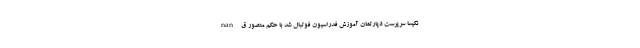
nan نکیسا سرپرست دپارتمان آموزش فدراسیون فوتبال شد با حکم منصور ق